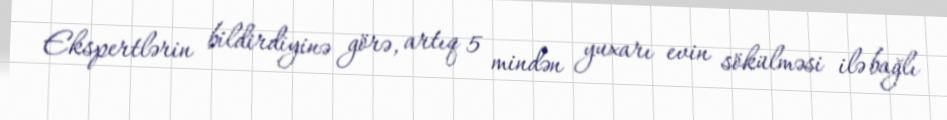
Ekspertlərin bildirdiyinə görə, artıq 5 mindən yuxarı evin sökülməsi ilə bağlı